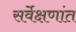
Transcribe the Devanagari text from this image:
सर्वेक्षणांत